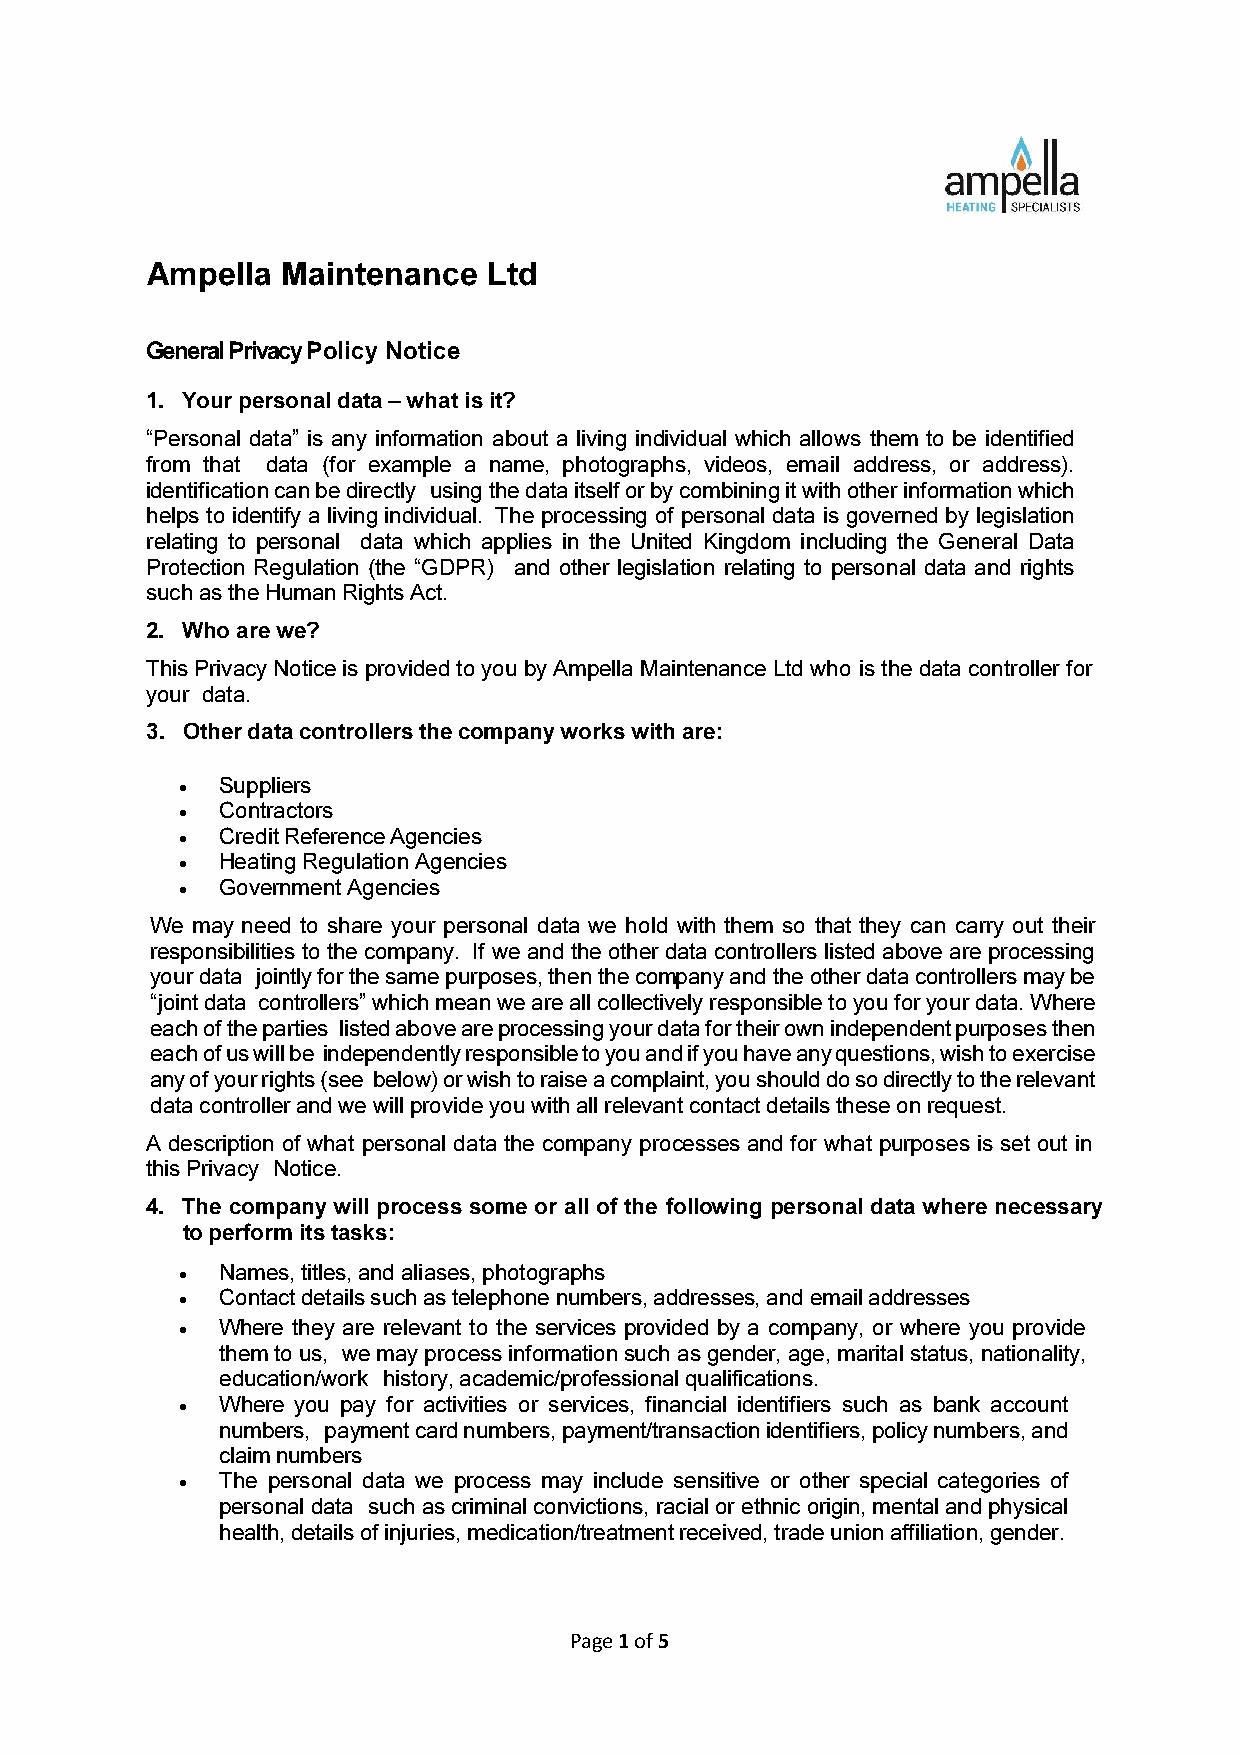
Ampella  Maintenance  Ltd
 General Privacy Policy Notice
 1. Your personal data – what is it?
 “Personal data” is any information about a living individual which allows them to be identified
 from that data (for example a name, photographs, videos, email address, or address).
 identification can be directly using the data itself or by combining it with other information which
 helps to identify a living individual. The processing of personal data is governed by legislation
 relating to personal data which applies in the United Kingdom including the General Data
 Protection Regulation (the “GDPR) and other legislation relating to personal data and rights
 such as the Human Rights Act.
 2. Who are we?
 This Privacy Notice is provided to you by Ampella Maintenance Ltd who is the data controller for
 your data.
 3. Other data controllers the company works with are:
 • Suppliers
 • Contractors
 • Credit Reference Agencies
 • Heating Regulation Agencies
 • Government Agencies
 We may need to share your personal data we hold with them so that they can carry out their
 responsibilities to the company. If we and the other data controllers listed above are processing
 your data jointly for the same purposes, then the company and the other data controllers may be
 “joint data controllers” which mean we are all collectively responsible to you for your data. Where
 each of the parties listed above are processing your data for their own independent purposes then
 each of us will be independently responsible to you and if you have any questions, wish to exercise
 any of your rights (see below) or wish to raise a complaint, you should do so directly to the relevant
 data controller and we will provide you with all relevant contact details these on request.
 A description of what personal data the company processes and for what purposes is set out in
 this Privacy Notice.
 4. The company will process some or all of the following personal data where necessary
 to perform its tasks:
 •  Names, titles, and aliases, photographs
 • Contact details such as telephone numbers, addresses, and email addresses
 • Where they are relevant to the services provided by a company, or where you provide
 them to us, we may process information such as gender, age, marital status, nationality,
 education/work history, academic/professional qualifications.
 • Where you pay for activities or services, financial identifiers such as bank account
 numbers, payment card numbers, payment/transaction identifiers, policy numbers, and
 claim numbers
 • The personal data we process may include sensitive or other special categories of
 personal data such as criminal convictions, racial or ethnic origin, mental and physical
 health, details of injuries, medication/treatment received, trade union affiliation, gender.
 Page 1 of 5